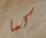
كما